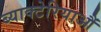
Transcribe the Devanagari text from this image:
ब्याक्टेरियाऔं